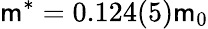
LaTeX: \mathsf{m}^{*}=0.124(5)\mathsf{m}_{0}